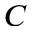
C